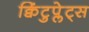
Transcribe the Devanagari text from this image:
क्विंटुप्लेट्स